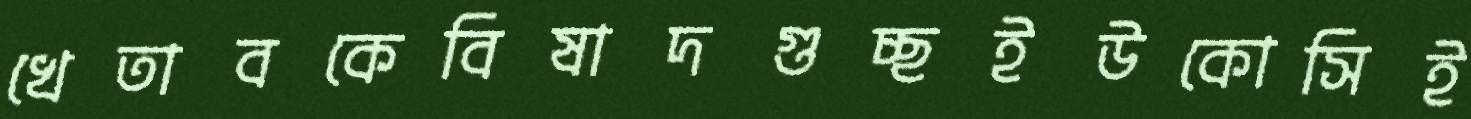
খেতাবকেবিষাদগুচ্ছইউকোসিই